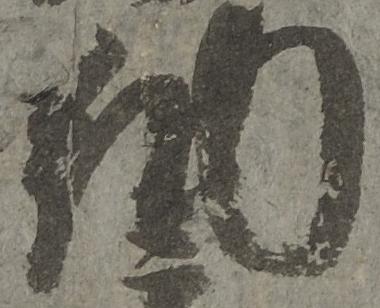
納